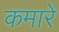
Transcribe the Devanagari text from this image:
कमारे